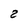
Character: 2